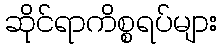
ဆိုင်ရာကိစ္စရပ်များ